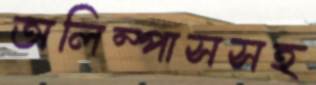
অলিম্পাসসহ